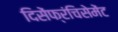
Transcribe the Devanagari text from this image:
दिसेंफ्रंचिसेमेंट